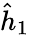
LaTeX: \hat{h}_{1}